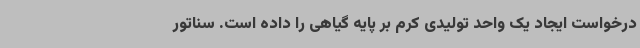
درخواست ایجاد یک واحد تولیدی کرم بر پایه گیاهی را داده است. سناتور